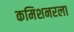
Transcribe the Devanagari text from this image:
कमिशनरला